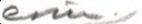
esim./